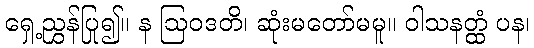
ရှေ့ညွှန်ပြု၍။ န ဩဝဒတိ၊ ဆုံးမတော်မမူ။ ဝါသနတ္ထံ ပန၊